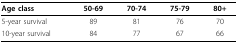
| Age class | 50-69 | 70-74 | 75-79 | 80+ |
 | --- | --- | --- | --- | --- |
 | 5-year survival | 89 | 81 | 76 | 70 |
 | 10-year survival | 84 | 77 | 67 | 66 |